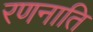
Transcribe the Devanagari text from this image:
रणनाति